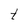
Character: t